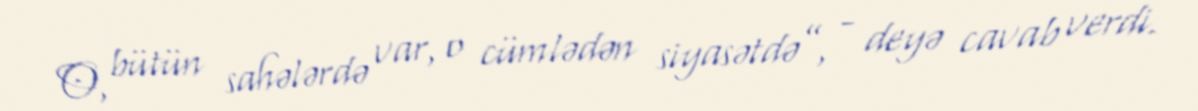
O, bütün sahələrdə var, o cümlədən siyasətdə”, - deyə cavab verdi.